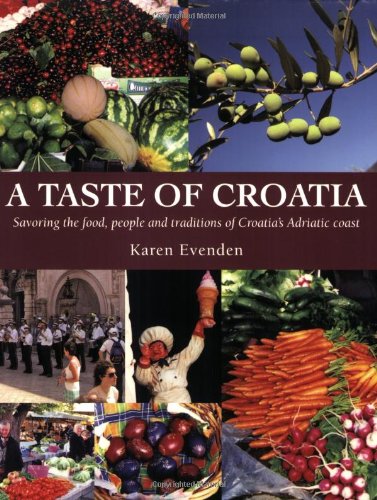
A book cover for A Taste of Croatia; Karen Evenden; Travel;